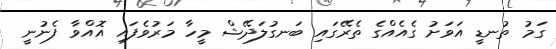
ގަމު ތުނޑީ އަވަށު ގެއެއްގެ ތެރޭގައި ބަނގުލަދޭޝް މީހާ މަރުވެފައި އޮއްވާ ފެނުނީ